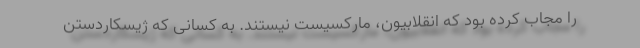
را مجاب کرده بود که انقلابیون، مارکسیست نیستند. به کسانی که ژیسکاردستن